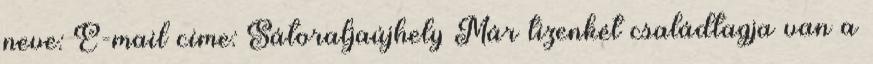
neve: E-mail címe: Sátoraljaújhely Már tizenkét családtagja van a